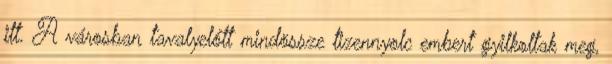
itt. A városban tavalyelőtt mindössze tizennyolc embert gyilkoltak meg,